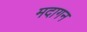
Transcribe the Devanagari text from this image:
मदागन